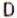
D